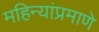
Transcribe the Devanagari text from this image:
महिन्यांप्रमाणे